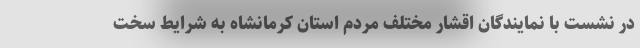
در نشست با نمایندگان اقشار مختلف مردم استان کرمانشاه به شرایط سخت